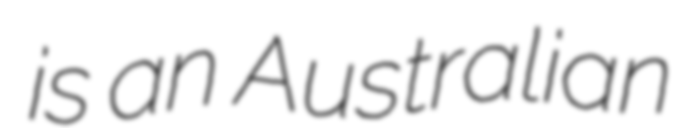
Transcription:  is an Australian